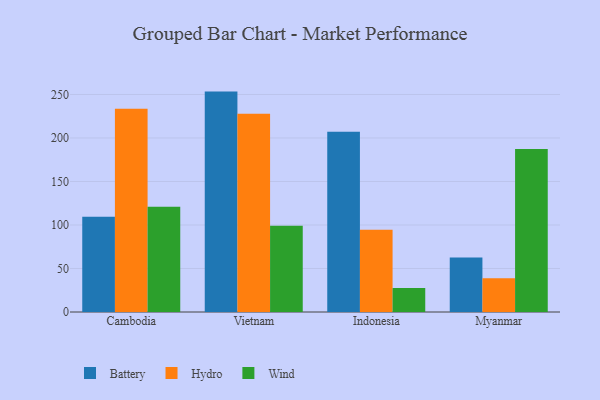
{"axis": {"x": "Country", "y": "Shipments"}, "legend": ["Battery", "Hydro", "Wind"], "data": [{"x": "Cambodia", "y": 109.6, "type": "Battery"}, {"x": "Cambodia", "y": 233.7, "type": "Hydro"}, {"x": "Cambodia", "y": 121.1, "type": "Wind"}, {"x": "Vietnam", "y": 253.3, "type": "Battery"}, {"x": "Vietnam", "y": 227.7, "type": "Hydro"}, {"x": "Vietnam", "y": 99.1, "type": "Wind"}, {"x": "Indonesia", "y": 207.3, "type": "Battery"}, {"x": "Indonesia", "y": 94.5, "type": "Hydro"}, {"x": "Indonesia", "y": 27.6, "type": "Wind"}, {"x": "Myanmar", "y": 62.5, "type": "Battery"}, {"x": "Myanmar", "y": 38.8, "type": "Hydro"}, {"x": "Myanmar", "y": 187.2, "type": "Wind"}]}